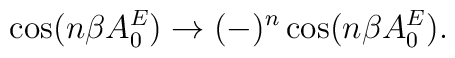
\cos (n\beta A^E_0)\to (-)^n\cos (n\beta A^E_0).